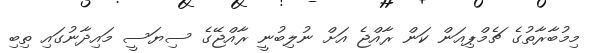
މިމުބާރާތުގެ ޗެމްޕިއަން ކަން ރާއްޖެ އަށް ނުލިބުނީ ރާއްޖޭގެ ސިޔަސީ މައިދާނުގައި ތިބި